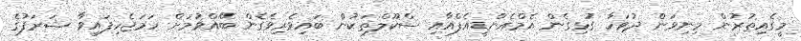
މީގެއިތުރުން މިނިވަން ދުވަހާ ގުޅިގެން އެމްއެންޑީއެފްއާއި ސްކޫލްތަކުން ބައިވެރިވެގެން ބޭއްވުމަށް ހަމަޖެހިފައިވާ ޝަރަފުގެ